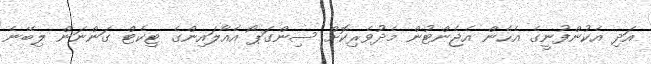
އަދި އެކުންފުނީގެ އެހެން އެޖެންޓުން މެދުވެރިކޮށް ސިންގަޕޯ އެއާލައިންގެ ޓިކެޓް ގަންނަން ލިބޭނެ